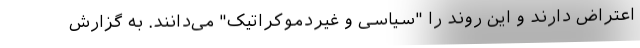
اعتراض دارند و این روند را "سیاسی و غیردموکراتیک" می‌دانند. به گزارش